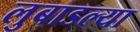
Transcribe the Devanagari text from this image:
लुबाडल्या